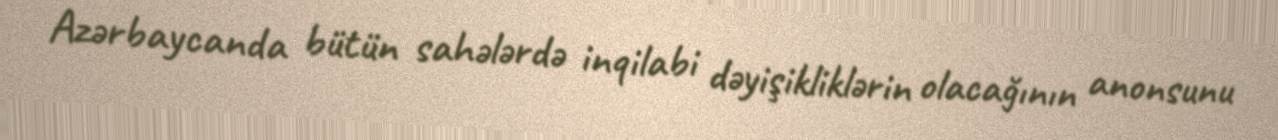
Azərbaycanda bütün sahələrdə inqilabi dəyişikliklərin olacağının anonsunu